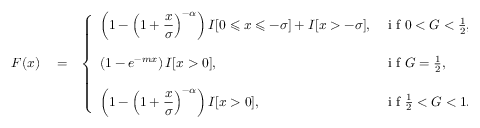
\begin{array} { r l r } { F ( x ) } & { { } = } & { \left\{ \begin{array} { l l } { \displaystyle \left( 1 - \left( 1 + \frac { x } { \sigma } \right) ^ { - \alpha } \right) I [ 0 \leqslant x \leqslant - \sigma ] + I [ x > - \sigma ] , } & { \mathrm { ~ i ~ f ~ } 0 < G < \frac { 1 } { 2 } , } \\ { \quad } \\ { \displaystyle \left( 1 - e ^ { - m x } \right) I [ x > 0 ] , } & { \mathrm { ~ i ~ f ~ } G = \frac { 1 } { 2 } , } \\ { \quad } \\ { \displaystyle \left( 1 - \left( 1 + \frac { x } { \sigma } \right) ^ { - \alpha } \right) I [ x > 0 ] , } & { \mathrm { ~ i ~ f ~ } \frac { 1 } { 2 } < G < 1 . } \end{array} \right. } \end{array}